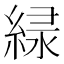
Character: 𫃱